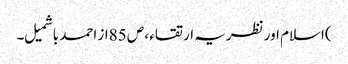
)اسلام اور نظریہ ارتقاء ، ص 85از احمد باشمیل ۔